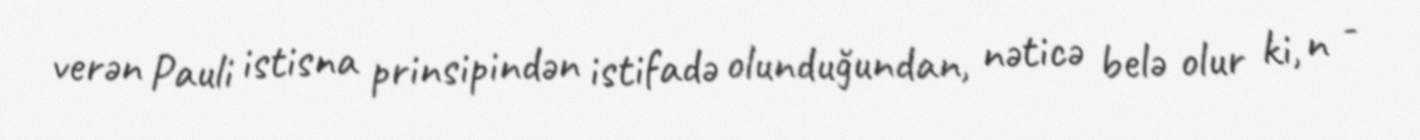
verən Pauli istisna prinsipindən istifadə olunduğundan, nəticə belə olur ki, n ¯